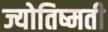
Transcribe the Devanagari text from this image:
ज्योतिष्मती